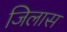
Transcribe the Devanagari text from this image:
जिलास